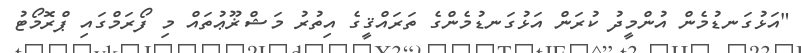
"އަޅުގަނޑުމެން އުންމީދު ކުރަން އަޅުގަނޑުމެންގެ ތަރައްޤީގެ އިތުރު މަޝްޜޫޢުތައް މި ފޯރަމްގައި ޕްރޮމޯޓު